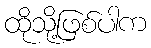
ထိုသို့ဖြစ်ပါက